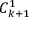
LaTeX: C _ { k + 1 } ^ { 1 }